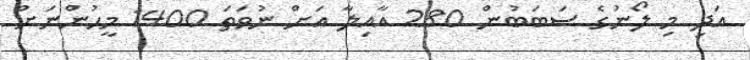
އަދި މި ލޯނުގެ ސަބަބުން 280 އާއިލާ އަށް ނުވަތަ 1400 މީހުންނަށް